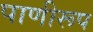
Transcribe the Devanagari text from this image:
पाणीरूप